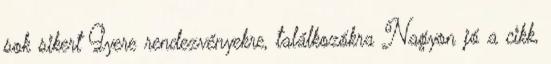
sok sikert Gyere rendezvényekre, találkozókra Nagyon jó a cikk,